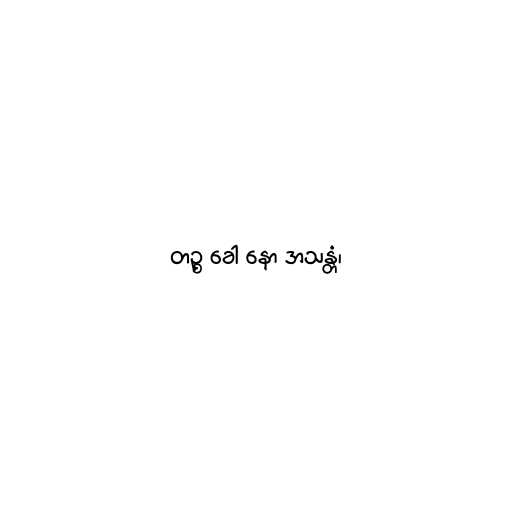
တဉ္စ ခေါ နော အသန္တံ၊